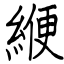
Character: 緶